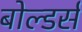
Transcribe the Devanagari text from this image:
बोल्डर्स